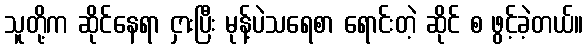
သူတို့က ဆိုင်နေရာ ငှားပြီး မုန့်ပဲသရေစာ ရောင်းတဲ့ ဆိုင် စ ဖွင့်ခဲ့တယ်။